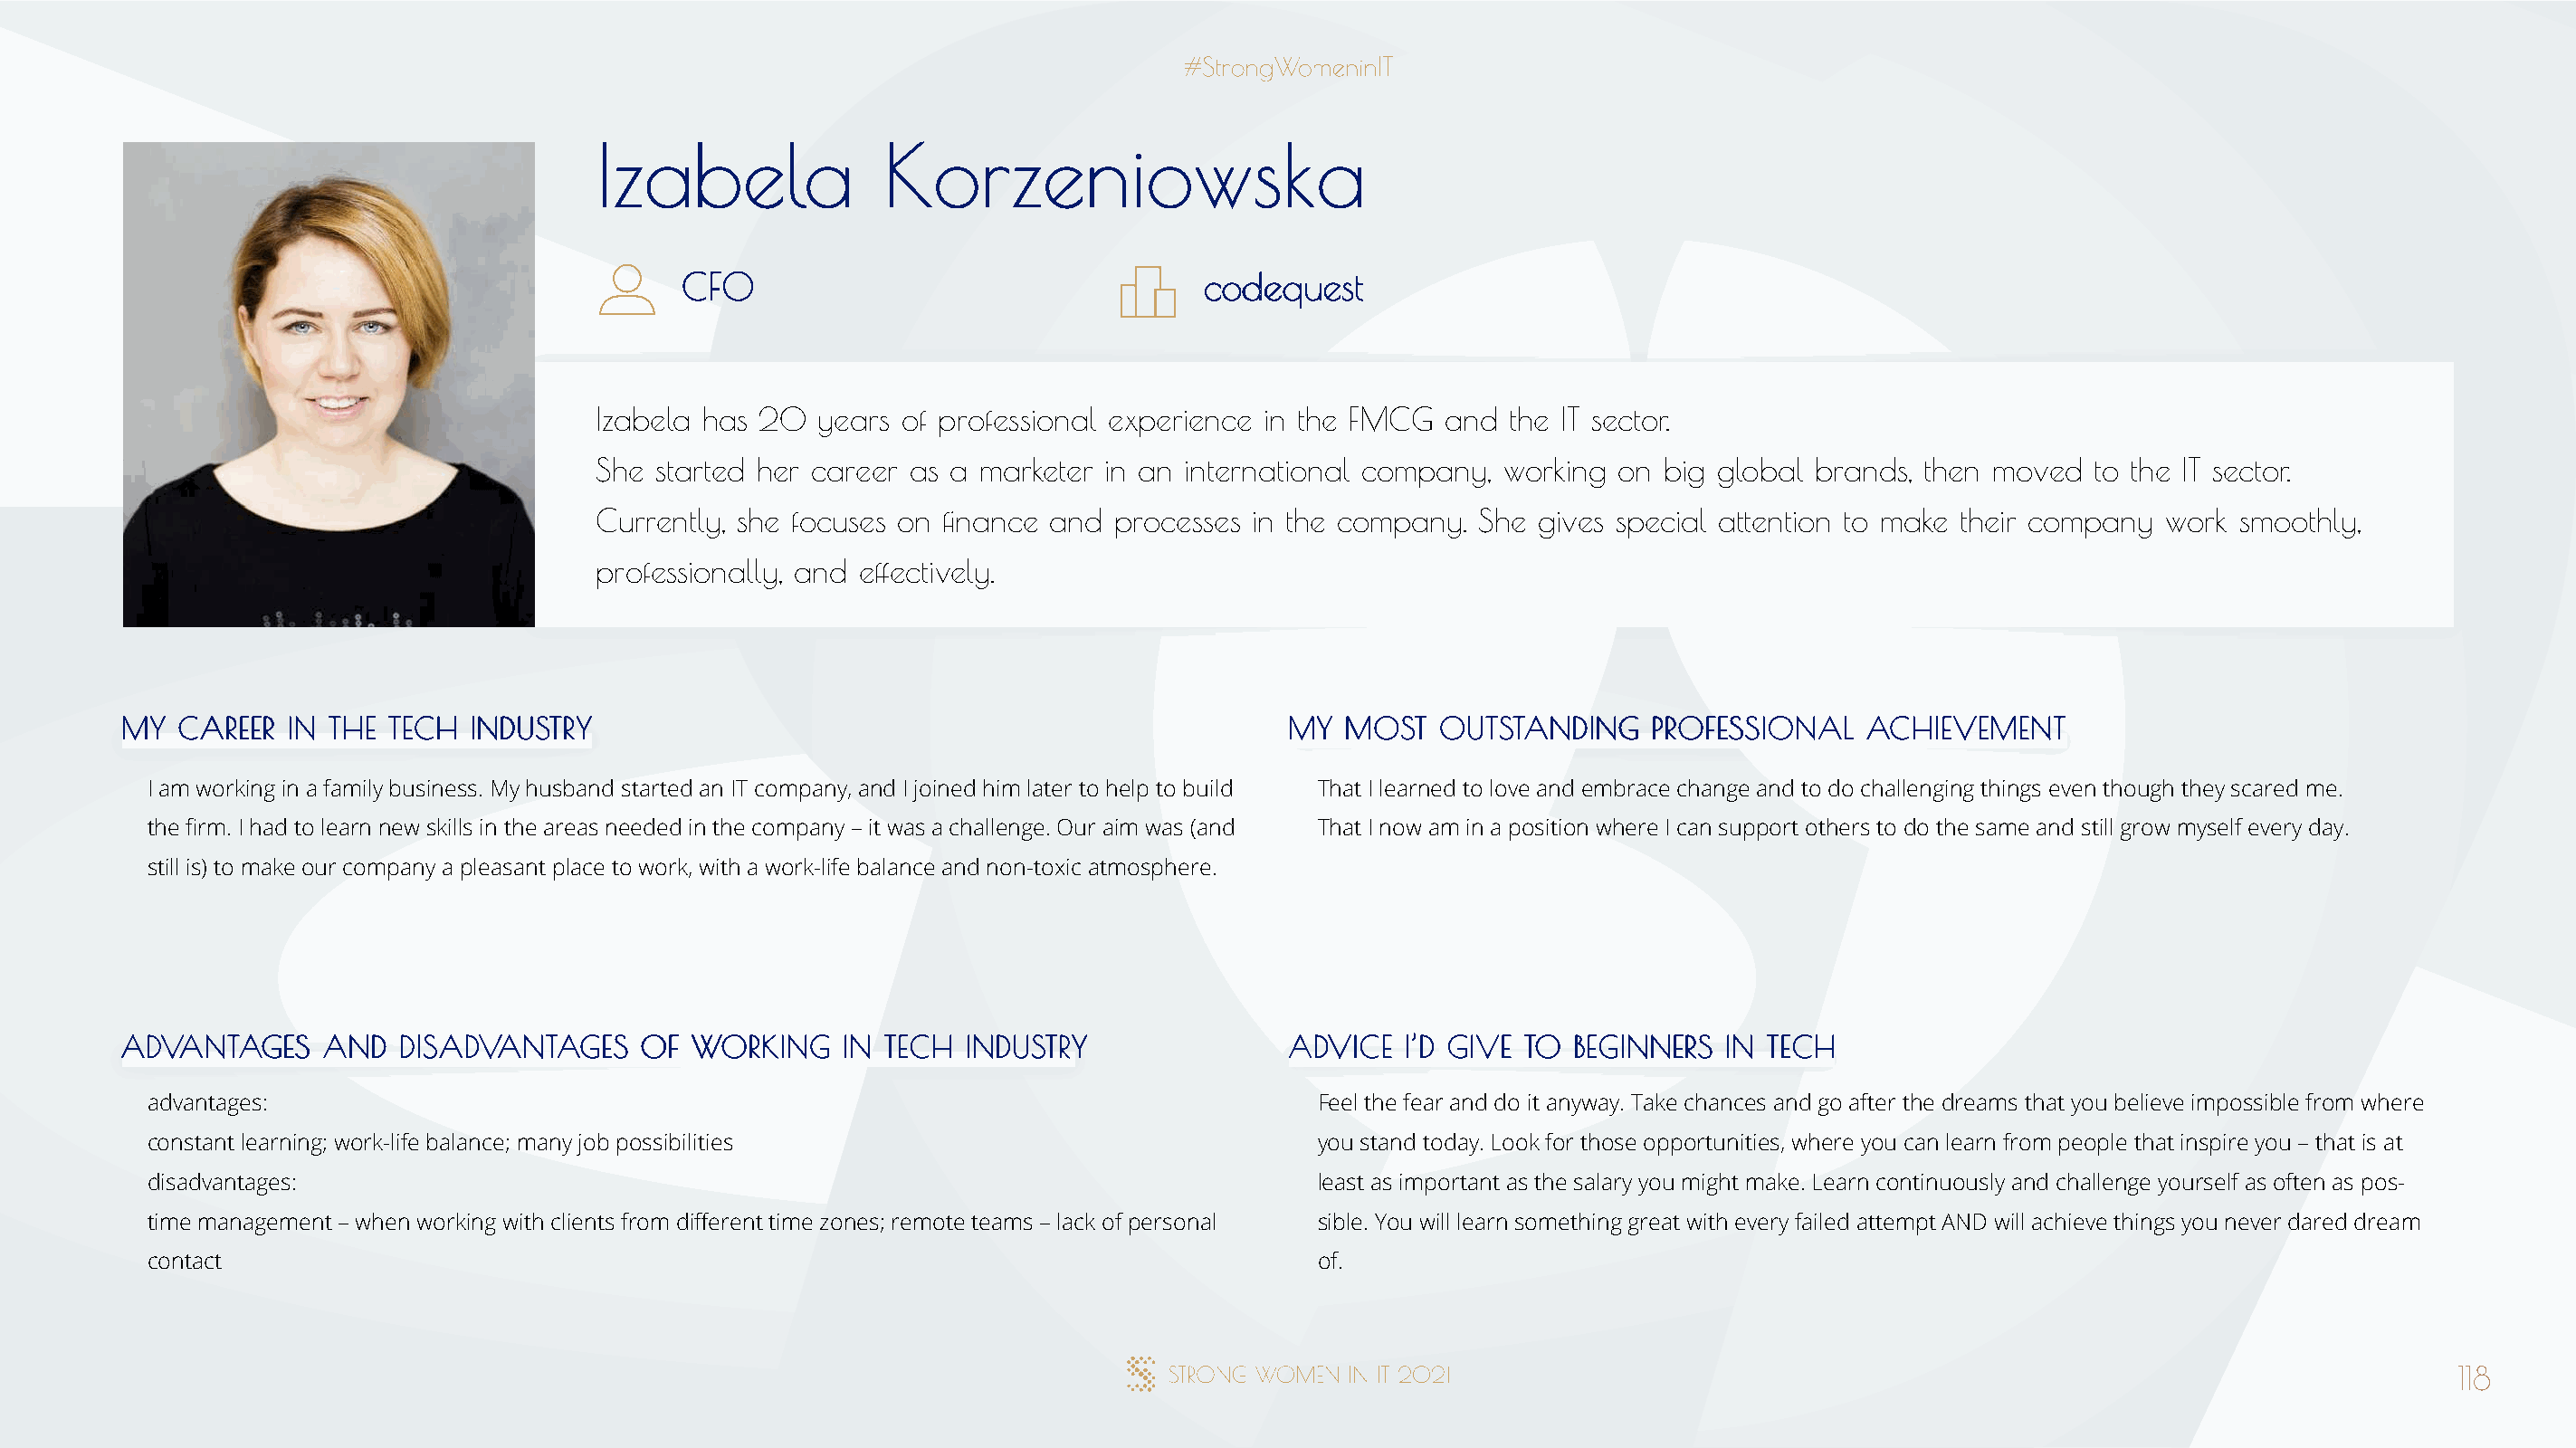
IIzzaabbeellaa       KKoorrzzeenniioowwsskkaa
 CCFFOO                                ccooddeeqquueesstt
 Izabela has 20  years of professional experience in the FMCG  and the IT sector.
 She started her career as a marketer in an international company, working on  big global brands, then moved  to the IT sector.
 Currently, she focuses on finance and processes in the company. She gives special attention to make their company work  smoothly,
 professionally, and effectively.
 MMYY CCAARREEEERR IINN TTHHEE TTEECCHH IINNDDUUSSTTRRYY                              MMYY MMOOSSTT OOUUTTSSTTAANNDDIINNGG PPRROOFFEESSSSIIOONNAALL AACCHHIIEEVVEEMMEENNTT
 I am working in a family business. My husband started an IT company, and I joined him later to help to build That I learned to love and embrace change and to do challenging things even though they scared me.
 the firm. I had to learn new skills in the areas needed in the company – it was a challenge. Our aim was (and That I now am in a position where I can support others to do the same and still grow myself every day.
 still is) to make our company a pleasant place to work, with a work-life balance and non-toxic atmosphere.
 AADDVVAANNTTAAGGEESS AANNDD DDIISSAADDVVAANNTTAAGGEESS OOFF WWOORRKKIINNGG IINN TTEECCHH IINNDDUUSSTTRRYY AADDVVIICCEE II’’DD GGIIVVEE TTOO BBEEGGIINNNNEERRSS IINN TTEECCHH
 advantages:                                                                          Feel the fear and do it anyway. Take chances and go after the dreams that you believe impossible from where
 constant learning; work-life balance; many job possibilities                         you stand today. Look for those opportunities, where you can learn from people that inspire you – that is at
 disadvantages:                                                                       least as important as the salary you might make. Learn continuously and challenge yourself as often as pos-
 time management – when working with clients from different time zones; remote teams – lack of personal sible. You will learn something great with every failed attempt AND will achieve things you never dared dream
 contact                                                                              of.
 118